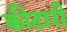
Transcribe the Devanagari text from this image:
कीटारी